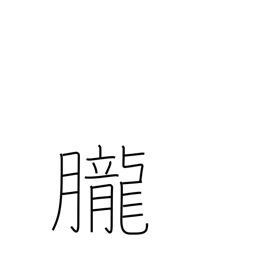
Meaning: dreaminess